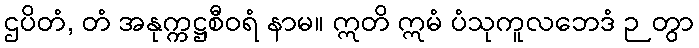
ဌပိတံ, တံ အနုက္ကဋ္ဌစီဝရံ နာမ။ ဣတိ ဣမံ ပံသုကူလဘေဒံ ဉတွာ